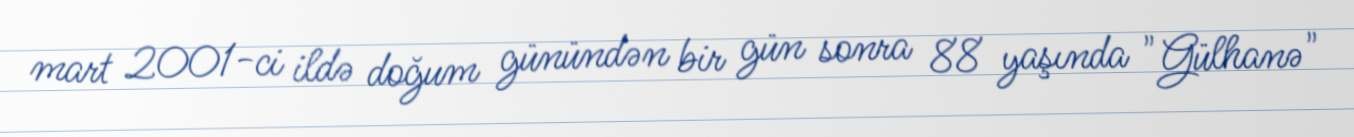
mart 2001-ci ildə doğum günündən bir gün sonra 88 yaşında "Gülhanə"